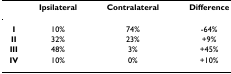
<table><thead><tr><td></td><td><b>Ipsilateral</b></td><td><b>Contralateral</b></td><td><b>Difference</b></td></tr></thead><tbody><tr><td><b>I</b></td><td>10%</td><td>74%</td><td>-64%</td></tr><tr><td><b>II</b></td><td>32%</td><td>23%</td><td>+9%</td></tr><tr><td><b>III</b></td><td>48%</td><td>3%</td><td>+45%</td></tr><tr><td><b>IV</b></td><td>10%</td><td>0%</td><td>+10%</td></tr></tbody></table>